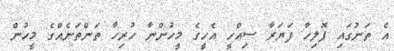
އެ ތަނުގައި ޕޮލިހާ ފަޔަރާ ސިއްހީ އެހީގެ މީހުންނާ ހުރިހާ ތަންތަނެއްގެ މީހުން